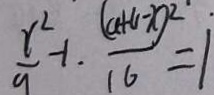
\frac { r ^ { 2 } } { 9 } - 1 \cdot \frac { ( a + 1 1 - x ) ^ { 2 } } { 1 6 } = 1